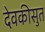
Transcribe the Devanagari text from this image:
देवकीसुत